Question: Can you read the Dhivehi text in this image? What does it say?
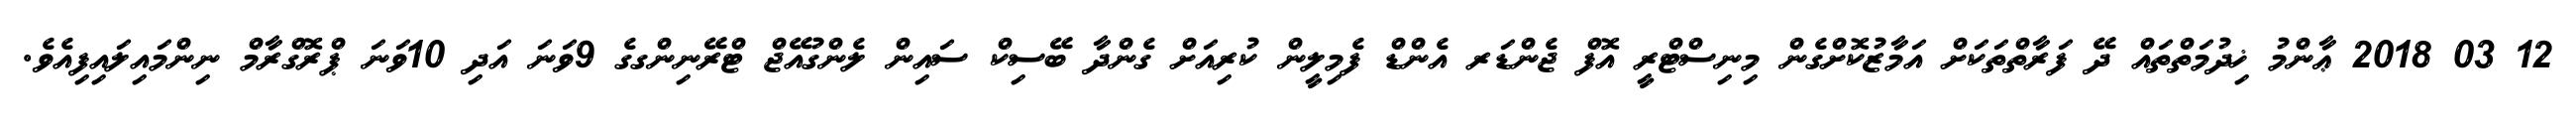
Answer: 12 03 2018 ޢާންމު ޚިދުމަތްތައް ދޭ ފަރާތްތަކަށް އަމާޒުކޮށްގެން މިނިސްޓްރީ އޮފް ޖެންޑަރ އެންޑް ފެމިލީން ކުރިއަށް ގެންދާ ބޭސިކް ސައިން ލެންގުއޭޖް ޓްރޭނިންގގެ 9ވަނަ އަދި 10ވަނަ ޕްރޮގްރާމް ނިންމައިލައިފިއެވެ.